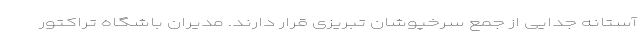
آستانه جدایی از جمع سرخپوشان تبریزی قرار دارند. مدیران باشگاه تراکتور